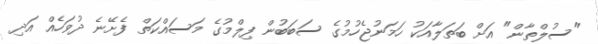
"ސުލްތާން" އަށް ބަތަލާއަކު ހަމަނުޖެހުމުގެ ސަބަބުން ފިލްމުގެ މަސައްކަތް ފެށޭނެ ދުވަހެއް އަދި